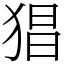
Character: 猖